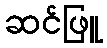
ဆင်ဖြူ